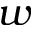
w